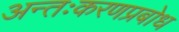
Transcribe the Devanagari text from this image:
अन्तःकरणप्रबोध